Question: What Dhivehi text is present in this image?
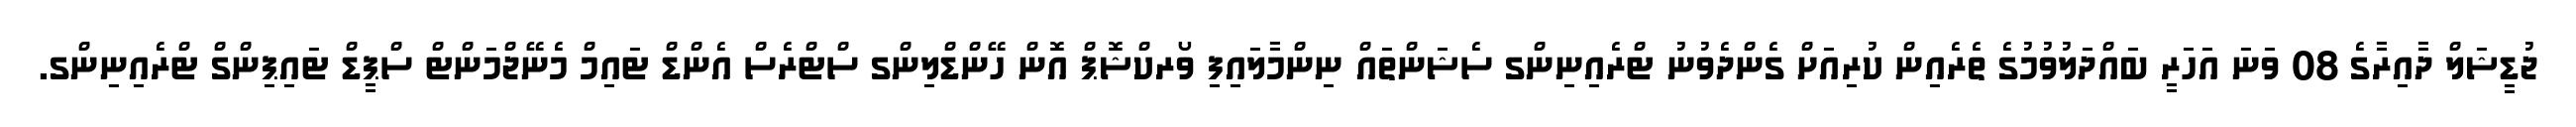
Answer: ޖުޑީޝަލް ދާއިރާގެ 08 ވަނަ އަހަރީ ބައްދަލުވުމުގެ ތެރެއިން ކުރިއަށް ގެންދެވުނު ޓްރެއިނިންގ ސެޝަންތައް ނިންމާލައިފި ވޯރކްޝޮޕް އޮން ހޭންޑްލިންގ ސްޓްރެސް އެންޑް ޓައިމް މެނޭޖްމަންޓް ސްޕީޑް ޓައިޕިންގް ޓްރެއިނިންގ.